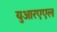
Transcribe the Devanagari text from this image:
युआरएएल